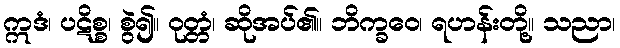
ဣဒံ၊ ပဋိစ္စ၊ စွဲ၍။ ဝုတ္တံ၊ ဆိုအပ်၏။ ဘိက္ခဝေ၊ ရဟန်းတို့။ သညာ၊